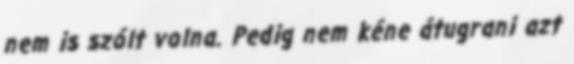
nem is szólt volna. Pedig nem kéne átugrani azt